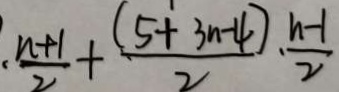
\frac { n + 1 } { 2 } + \frac { ( 5 + 3 n - 4 ) } { 2 } \cdot \frac { n - 1 } { 2 }